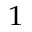
^ 1